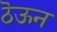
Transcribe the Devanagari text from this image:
ठॆऊन